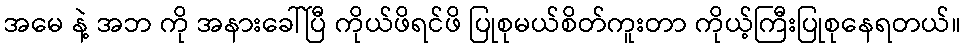
အမေ နဲ့ အဘ ကို အနားခေါ်ပြီ ကိုယ်ဖိရင်ဖိ ပြုစုမယ်စိတ်ကူးတာ ကိုယ့်ကြီးပြုစုနေရတယ်။